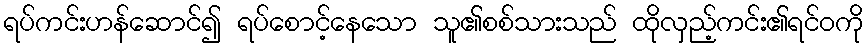
ရပ်ကင်းဟန်ဆောင်၍ ရပ်စောင့်နေသော သူ၏စစ်သားသည် ထိုလှည့်ကင်း၏ရင်ဝကို